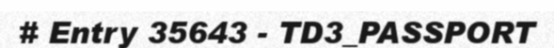
# Entry 35643 - TD3_PASSPORT